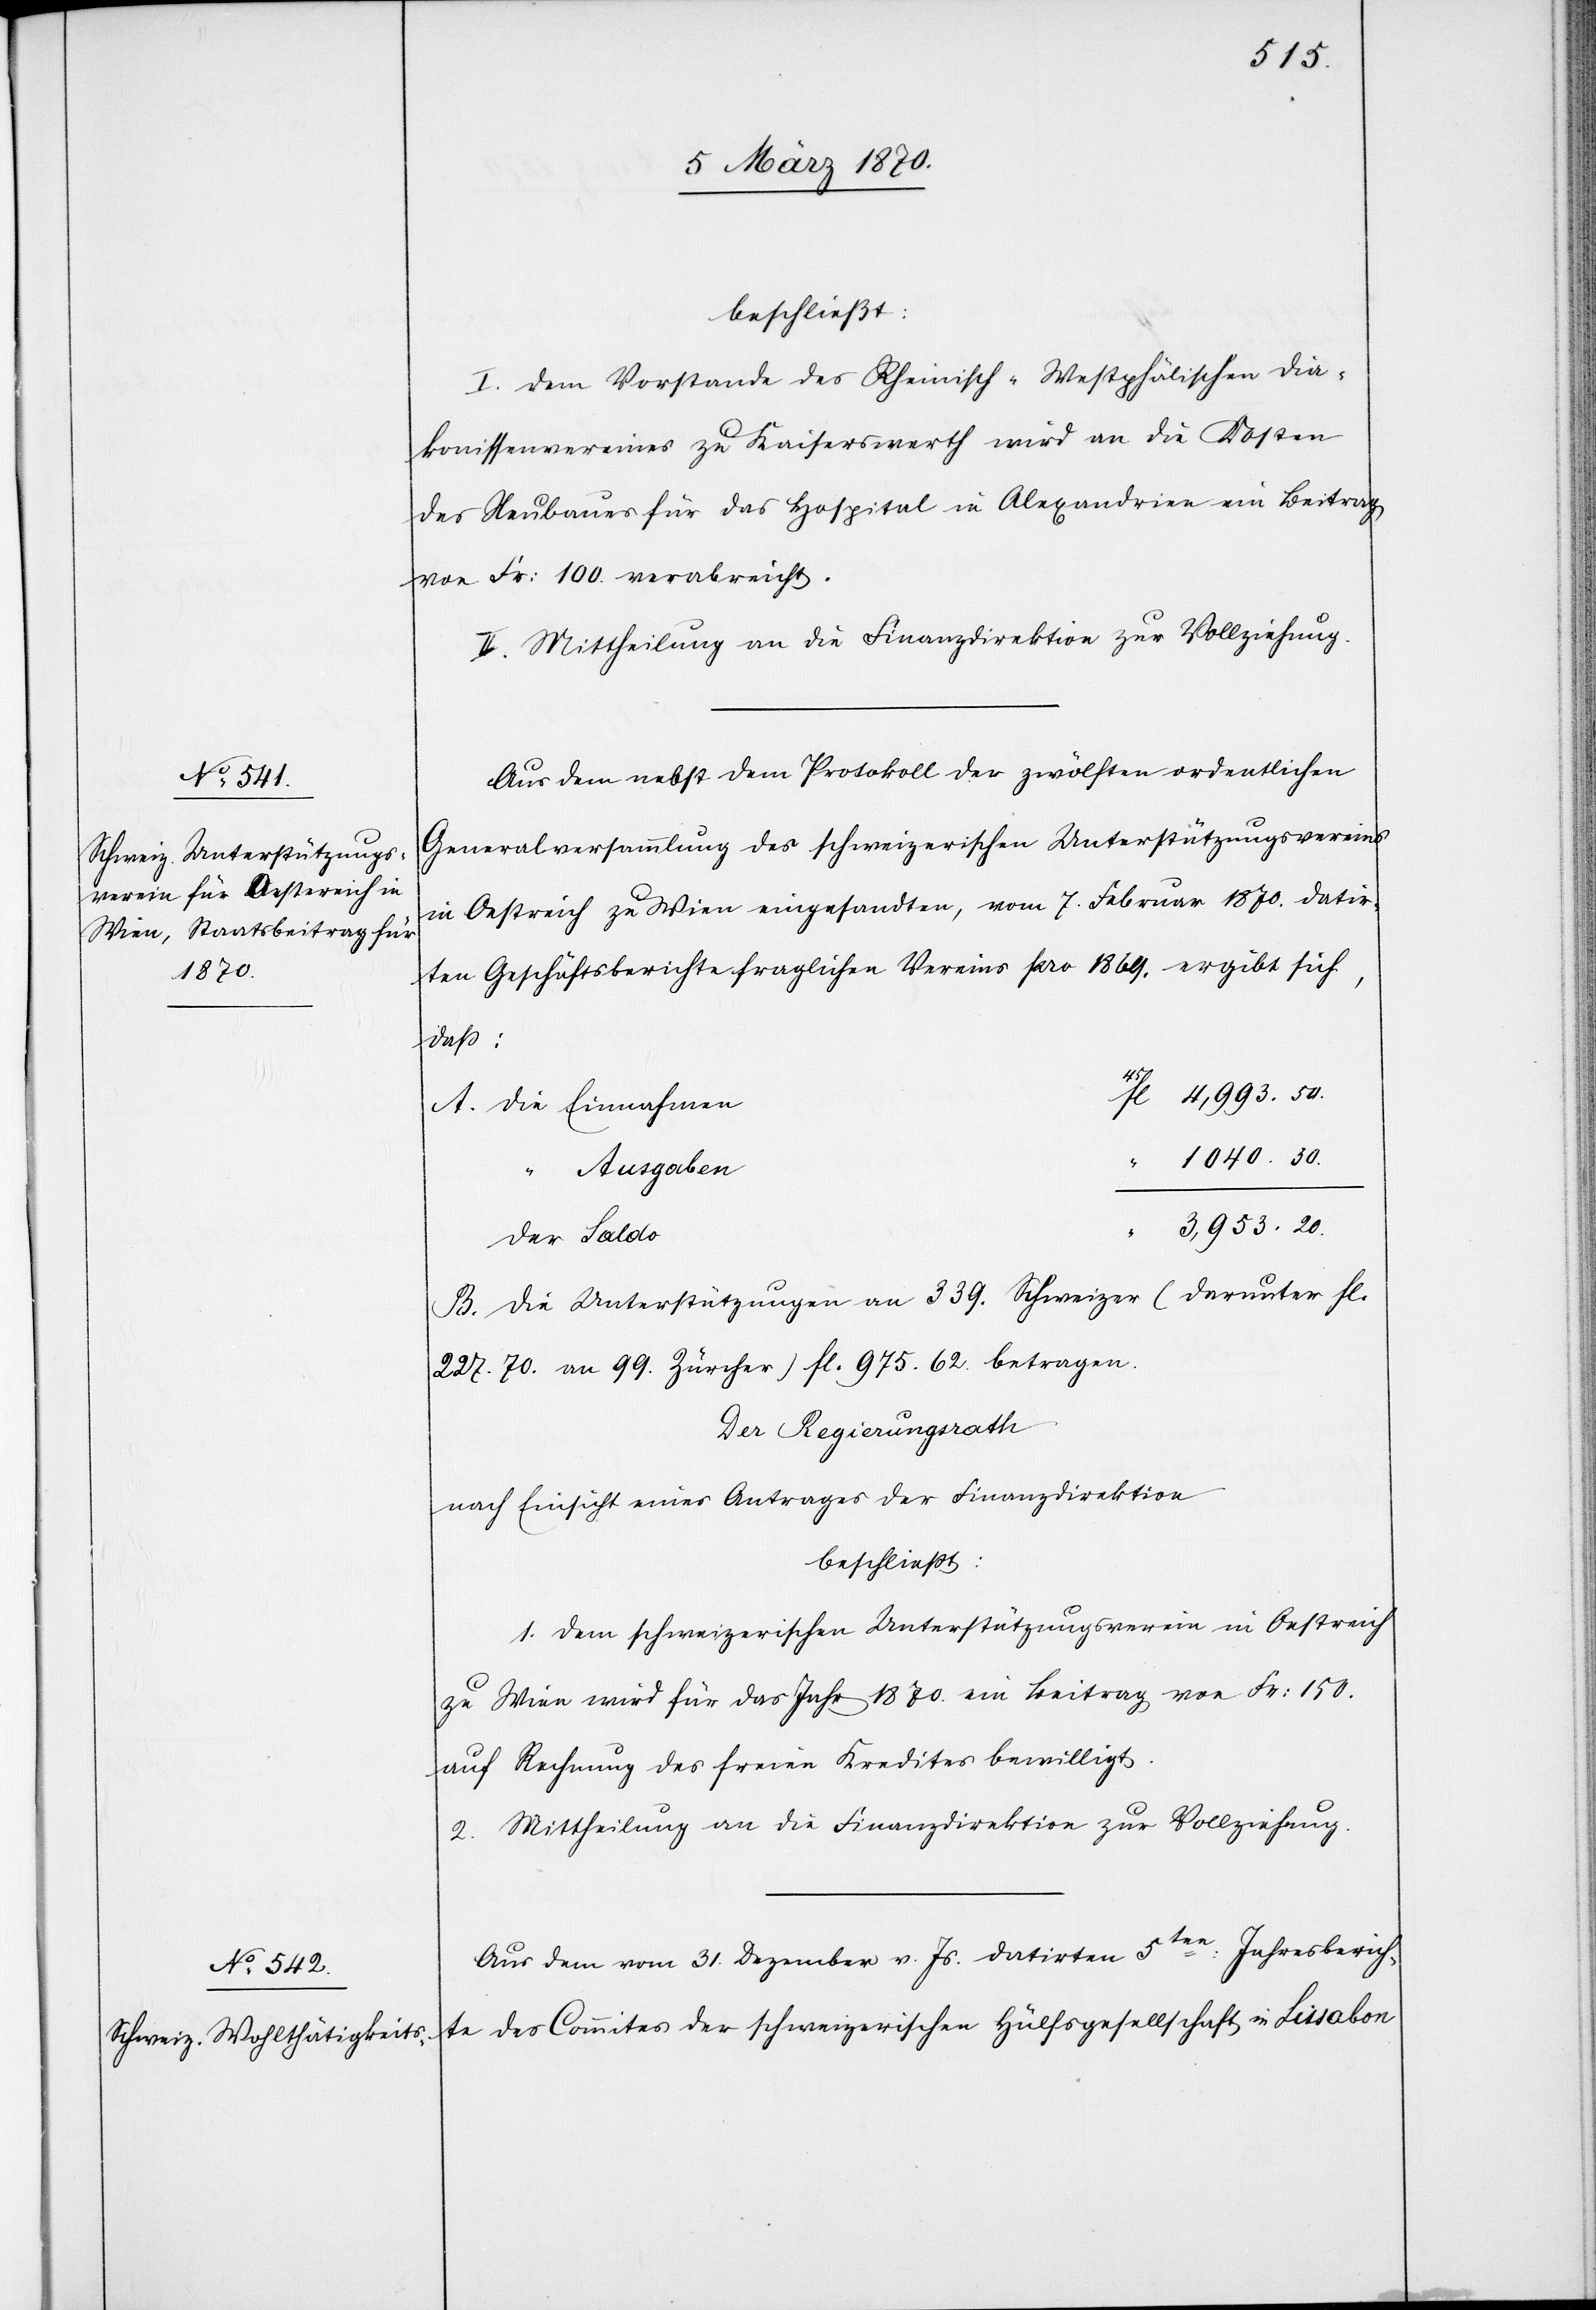
beschließt:
I. Dem Vorstande des Rheinisch-Westphälischen Dia¬
konissenvereines zu Kaiserswerth wird an die Kosten
des Neubaues für das Hospital in Alexandrien ein Beitrag
von Fr: 100. verabreicht.
II. Mittheilung an die Finanzdirektion zur Vollziehung.
Aus dem nebst dem Protokoll der zwölften ordentlichen
Generalversammlung des schweizerischen Unterstützungsvereins
in Oestreich zu Wien eingesandten, vom 7. Februar 1870. datir¬
ten Geschäftsberichte fraglichen Vereins pro 1869. ergibt sich,
daß:
4,993.50.
A. die Einnahmen
1040.30.
“ Ausgaben
3,953.20.
der Saldo
(darunter fl.
B. die Unterstützungen an 339. Schweizer
227.70. an 99. Zürcher) fl. 975.62. betragen.
Der Regierungsrath
nach Einsicht eines Antrages der Finanzdirektion
beschließt:
1. dem schweizerischen Unterstützungsverein in Oestreich
zu Wien wird für das Jahr 1870. ein Beitrag von Fr: 150.
auf Rechnung des freien Kredites bewilligt.
2. Mittheilung an die Finanzdirektion zur Vollziehung.
Aus dem vom 31. Dezember v. Js. datirten 5ten Jahresberich¬
te des Commites der schweizerischen Hülfsgesellschaft in Lissabon